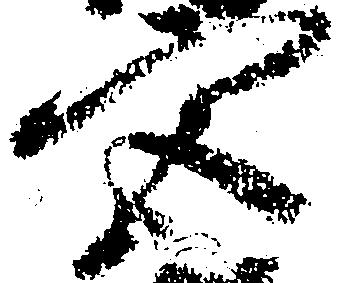
宮